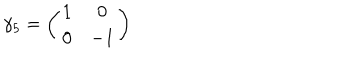
\gamma _ { 5 } = \left( \begin{array} { c c } { { 1 } } & { { 0 } } \\ { { 0 } } & { { - 1 } } \\ \end{array} \right)